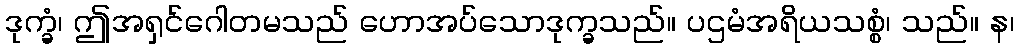
ဒုက္ခံ၊ ဤအရှင်ဂေါတမသည် ဟောအပ်သောဒုက္ခသည်။ ပဌမံအရိယသစ္စံ၊ သည်။ န၊